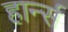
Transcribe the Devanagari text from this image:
हार्न्स